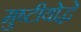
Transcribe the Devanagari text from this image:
मुष्टीयोद्धे